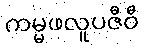
ကမ္မဖလူပဇီဝီ